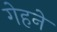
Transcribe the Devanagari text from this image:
गेहने